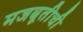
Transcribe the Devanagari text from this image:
मजबूतीची